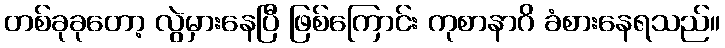
တစ်ခုခုတော့ လွဲမှားနေပြီ ဖြစ်ကြောင်း ကုစာနာဂိ ခံစားနေရသည်။